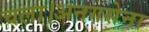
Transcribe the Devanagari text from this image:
चला।अनगसेना